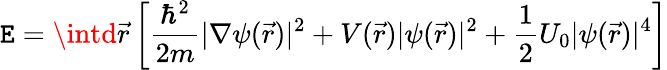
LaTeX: \mathtt{E}=\intd{\vec{{r}}}\left[{\frac{{\hbar^{2}}}{{2m}}}|\nabla\psi({\vec{{r}}})|^{2}+V({\vec{{r}}})|\psi({\vec{{r}}})|^{2}+{\frac{{1}}{{2}}}U_{0}|\psi({\vec{{r}}})|^{4}\right]